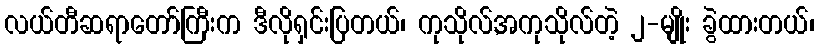
လယ်တီဆရာတော်ကြီးက ဒီလိုရှင်းပြတယ်၊ ကုသိုလ်,အကုသိုလ်တဲ့ ၂-မျိုး ခွဲထားတယ်၊